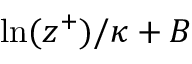
\ln ( z ^ { + } ) / \kappa + B